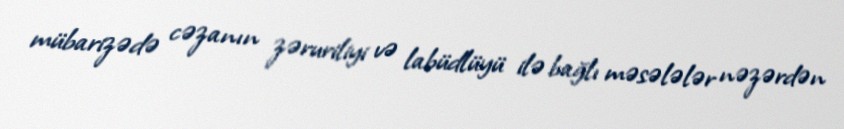
mübarizədə cəzanın zəruriliyi və labüdlüyü ilə bağlı məsələlər nəzərdən